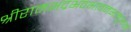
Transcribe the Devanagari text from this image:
श्रीरामभद्रभवभावनभानुभानो